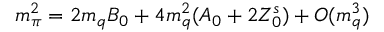
m _ { \pi } ^ { 2 } = 2 m _ { q } B _ { 0 } + 4 m _ { q } ^ { 2 } ( A _ { 0 } + 2 Z _ { 0 } ^ { s } ) + O ( m _ { q } ^ { 3 } )